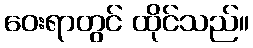
ဝေးရာတွင် ထိုင်သည်။